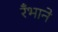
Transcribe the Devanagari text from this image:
रँभाने